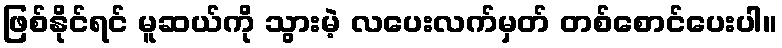
ဖြစ်နိုင်ရင် မူဆယ်ကို သွားမဲ့ လပေးလက်မှတ် တစ်စောင်ပေးပါ။